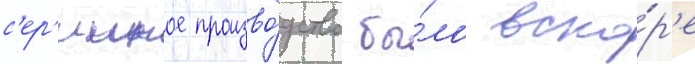
с'ер'ииное произво́дство бы́ло вско́р'е